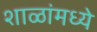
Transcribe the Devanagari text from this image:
शाळांमध्‍ये